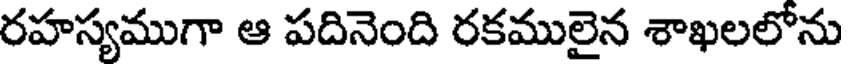
రహస్యముగా ఆ పదినెంది రకములైన శాఖలలోను